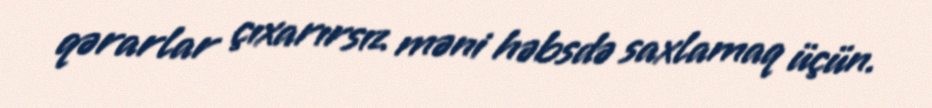
qərarlar çıxarırsız məni həbsdə saxlamaq üçün.